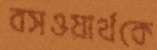
বসওয়ার্থকে